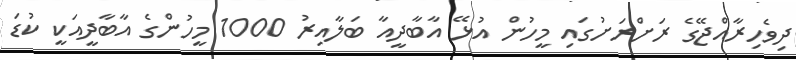
ދިވެހިރާއްޖޭގެ ރަށްރަށުގައި މީހުން އުޅޭ އާބާދީއާ ބަލާއިރު 1000 މީހުންގެ އާބާދީއަކީ ކުޑަ